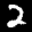
Label: 2